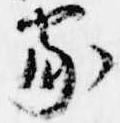
家